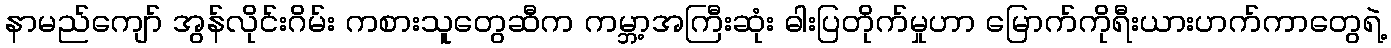
နာမည်ကျော် အွန်လိုင်းဂိမ်း ကစားသူတွေဆီက ကမ္ဘာ့အကြီးဆုံး ဓါးပြတိုက်မှုဟာ မြောက်ကိုရီးယားဟက်ကာတွေရဲ့